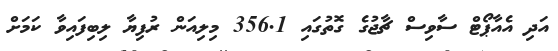
އަދި އެއާޕޯޓް ސާވިސް ޗާޖުގެ ގޮތުގައި 356.1 މިލިއަން ރުފިޔާ ލިބިފައިވާ ކަމަށް